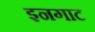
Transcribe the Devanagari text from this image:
इनगाट